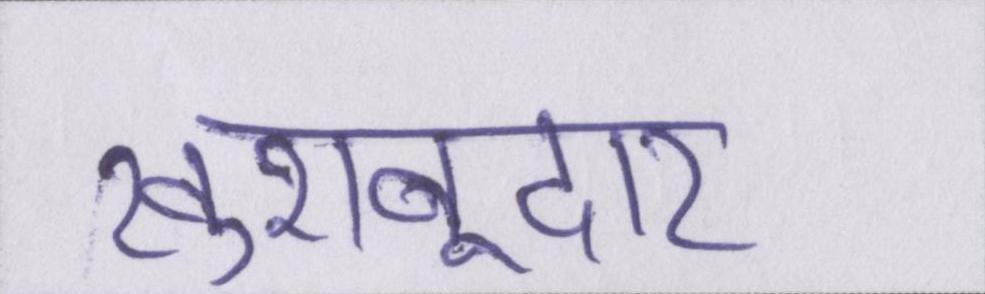
खुशबूदार